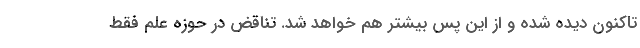
تاكنون ديده شده و از اين پس بيشتر هم خواهد شد. تناقض در حوزه علم فقط